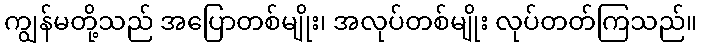
ကျွန်မတို့သည် အပြောတစ်မျိုး၊ အလုပ်တစ်မျိုး လုပ်တတ်ကြသည်။